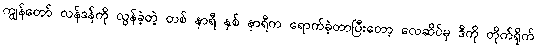
ကျွန်တော် လန်ဒန်ကို လွန်ခဲ့တဲ့ တစ် နာရီ နှစ် နာရီက ရောက်ခဲ့တာပြီးတော့ လေဆိပ်မှ ဒီကို တိုက်ရိုက်